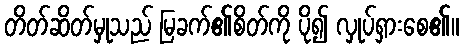
တိတ်ဆိတ်မှုသည် မြခက်၏စိတ်ကို ပို၍ လှုပ်ရှားစေ၏။